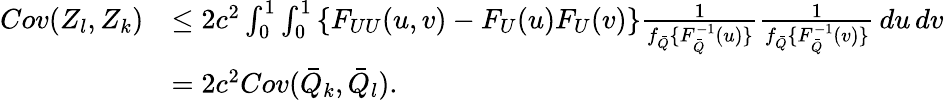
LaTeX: \begin{array}{rl}{Cov(Z_{l},Z_{k})}&{\leq 2c^{2}\int_{0}^{1}\int_{0}^{1}\left\{ F_{UU}(u,v)-F_{U}(u)F_{U}(v)\right\} \frac{1}{f_{\bar{Q}}\{ F_{\bar{Q}}^{-1}(u)\} }\frac{1}{f_{\bar{Q}}\{ F_{\bar{Q}}^{-1}(v)\} }\, du\, dv}\\ &{=2c^{2}Cov(\bar{Q}_{k},\bar{Q}_{l}).}\end{array}